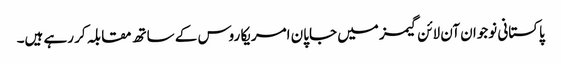
پاکستانی نوجوان آن لائن گیمز میں جاپان امریکا روس کے ساتھ مقابلہ کر رہے ہیں۔